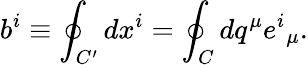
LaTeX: b^{i}\equiv\oint_{C^{\prime}}dx^{i}=\oint_{C}dq^{\mu}e^{i}{}_{\mu}.